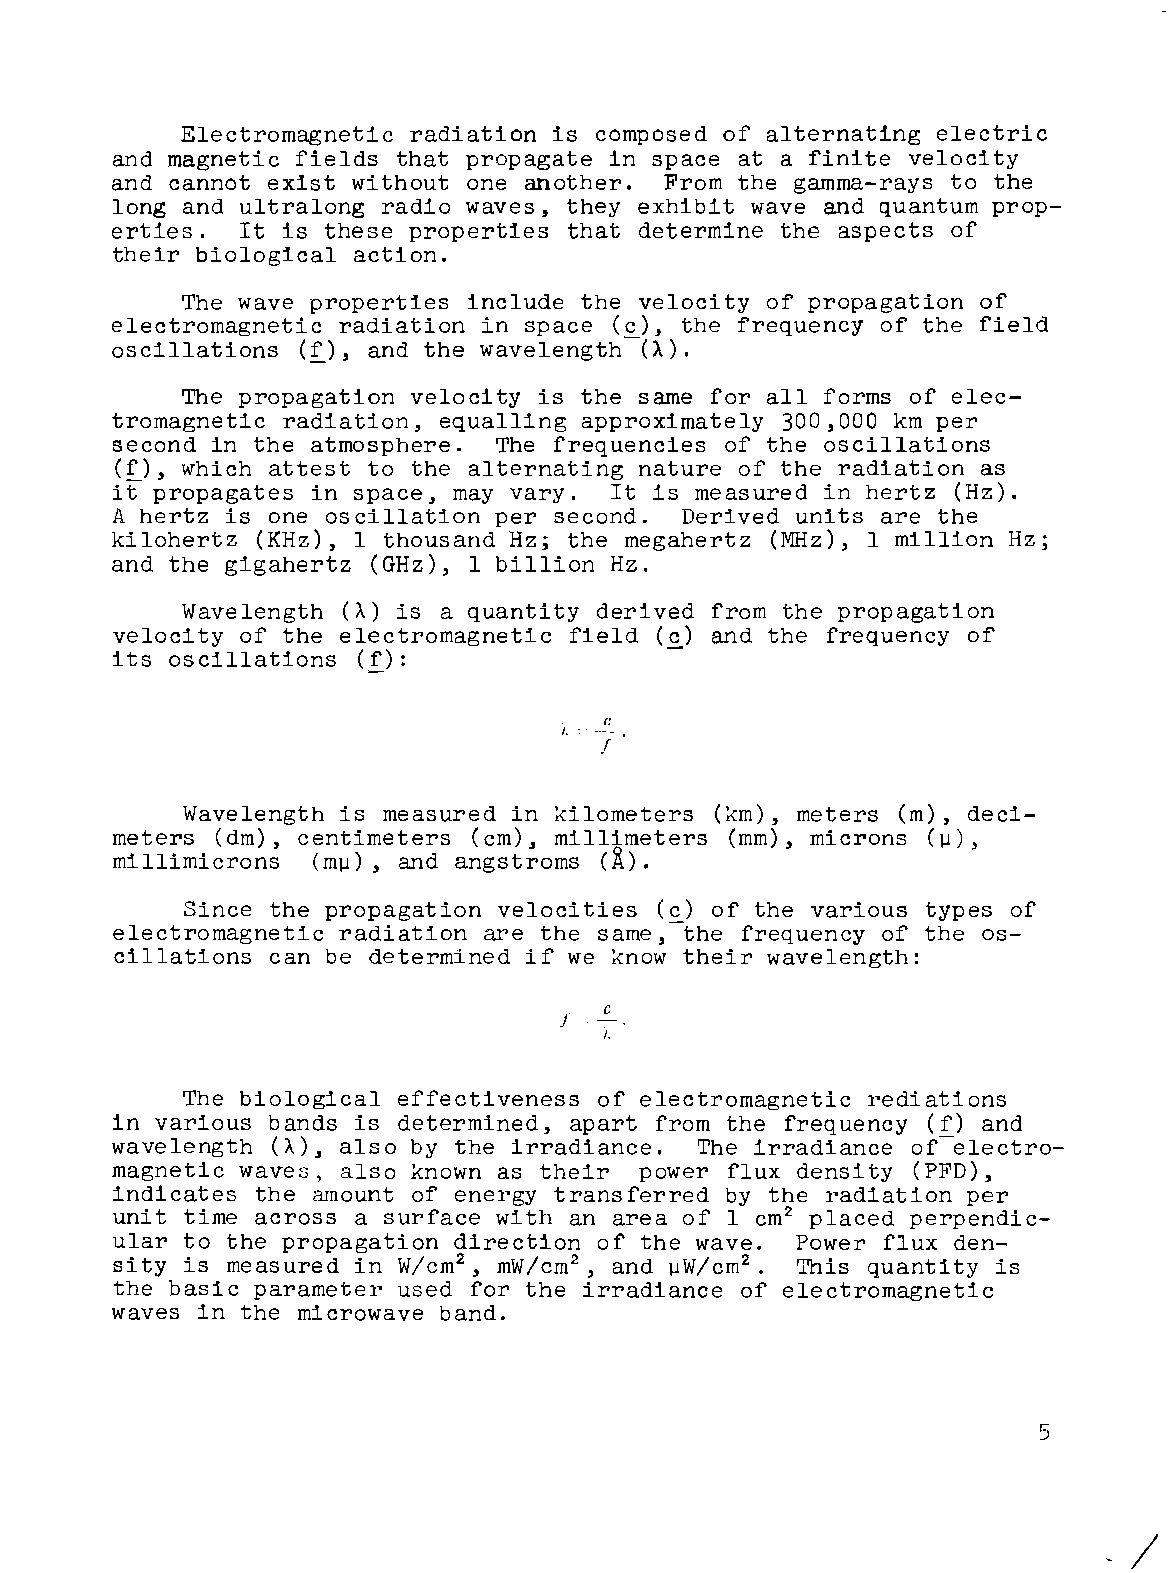
Electromagnetic radiation is composed of alternating electric
 and magnetic fields that propagate in space at a finite velocity
 and cannot exist without one another. From the gamma-rays to the
 long and ultralong radio waves, they exhibit wave and quantum prop
 erties.  It is these properties that determine the aspects of
 their biological action.
 The wave properties include the velocity of propagation of
 electromagnetic radiation in space (c), the frequency of the field
 oscillations (£), and the wavelength-(A).
 The propagation velocity is the same for all forms of elec
 tromagnetic radiation, equalling approximately 300,000 km per
 second in the atmosphere. The frequencies of the oscillations
 (f), which attest to the alternating nature of the radiation as
 it propagates in space, may vary. It is measured in hertz (Hz).
 A hertz is one oscillation per second. Derived units are the
 kilohertz (KHz), I thousand Hz; the megahertz (MHz), I million Hz;
 and the gigahertz (GHz), I billion Hz.
 Wavelength (A) is a quantity derived from the propagation
 velocity of the electromagnetic field (c) and the frequency of
 its oscillations (r):                -
 c
 !
 Wavelength is measured in kilometers (km), meters (m), deci
 meters (dm), centimeters (cm), millimeters (mm), microns (~),
 millimicrons  (m~), and angstroms (l).
 Since the propagation velocities (c) of the various types of
 electromagnetic radiation are the same,-the frequency of the os
 cillations can be determined if we know their wavelength:
 c
 f
 The biological effectiveness of electromagnetic rediations
 in various bands is determined, apart from the frequency (f) and
 wavelength (A), also by the irradiance. The irradiance of-electro
 magnetic waves, also known as their power flux density (PFD),
 indicates the amount of energy transferred by the radiation per
 unit time across a surface with an area of I cm2 placed perpendic
 ular to the propagation direction of the wave. Power flux den
 sity is measured in W/cm2 , mW/cm2, and ~W/cm2. This quantity is
 the basic parameter used for the irradiance of electromagnetic
 waves in the microwave band.
 5